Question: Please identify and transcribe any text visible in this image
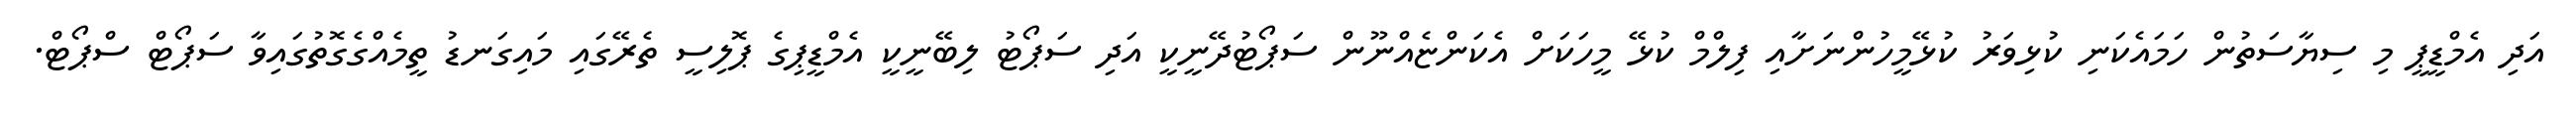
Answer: އަދި އެމްޑީޕީ މި ސިޔާސަތުން ހަމައެކަނި ކުޅިވަރު ކުޅޭމީހުންނަށާއި ފިލްމް ކުޅޭ މީހަކަށް އެކަންޏެއްނޫން ސަޕޯޓުދޭނީކީ އަދި ސަޕޯޓު ލިބޭނީކީ އެމްޑީޕިގެ ޕޮލިސީ ތެރޭގައި މައިގަނޑު ތީމެއްގެގޮތުގައިވާ ސަޕޯޓް ސްޕޯޓް.